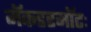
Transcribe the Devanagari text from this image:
मॅकडरमॉटः